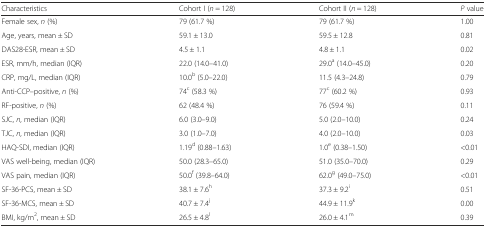
| Characteristics | Cohort I (n = 128) | Cohort II (n = 128) | P value |
 | --- | --- | --- | --- |
 | Female sex, n (%) | 79 (61.7 %) | 79 (61.7 %) | 1.00 |
 | Age, years, mean ± SD | 59.1 ± 13.0 | 59.5 ± 12.8 | 0.81 |
 | DAS28-ESR, mean ± SD | 4.5 ± 1.1 | 4.8 ± 1.1 | 0.02 |
 | ESR, mm/h, median (IQR) | 22.0 (14.0–41.0) | 29.0a (14.0–45.0) | 0.20 |
 | CRP, mg/L, median (IQR) | 10.0b (5.0–22.0) | 11.5 (4.3–24.8) | 0.79 |
 | Anti-CCP–positive, n (%) | 74c (58.3 %) | 77c (60.2 %) | 0.93 |
 | RF-positive, n (%) | 62 (48.4 %) | 76 (59.4 %) | 0.11 |
 | SJC, n, median (IQR) | 6.0 (3.0–9.0) | 5.0 (2.0–10.0) | 0.24 |
 | TJC, n, median (IQR) | 3.0 (1.0–7.0) | 4.0 (2.0–10.0) | 0.03 |
 | HAQ-SDI, median (IQR) | 1.19d (0.88–1.63) | 1.0e (0.38–1.50) | <0.01 |
 | VAS well-being, median (IQR) | 50.0 (28.3–65.0) | 51.0 (35.0–70.0) | 0.29 |
 | VAS pain, median (IQR) | 50.0f (39.8–64.0) | 62.0g (49.0–75.0) | <0.01 |
 | SF-36-PCS, mean ± SD | 38.1 ± 7.6h | 37.3 ± 9.2i | 0.51 |
 | SF-36-MCS, mean ± SD | 40.7 ± 7.4j | 44.9 ± 11.9k | 0.00 |
 | BMI, kg/m2, mean ± SD | 26.5 ± 4.8l | 26.0 ± 4.1m | 0.39 |